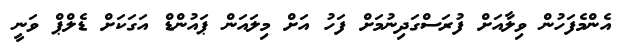
އެންމެފަހުން ވިލާއަށް ފުރަސްގަދިނުމަށް ފަހު އަށް މިލައަން ޕައުންޑް އަގަކަށް ޑެލްޕް ވަނީ